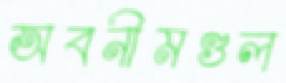
অবনীমণ্ডল